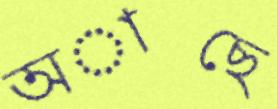
অাছে